Indian journal of veterinary science and animal husbandry - Volumes 26-27, 1956-1957
Year: 1956
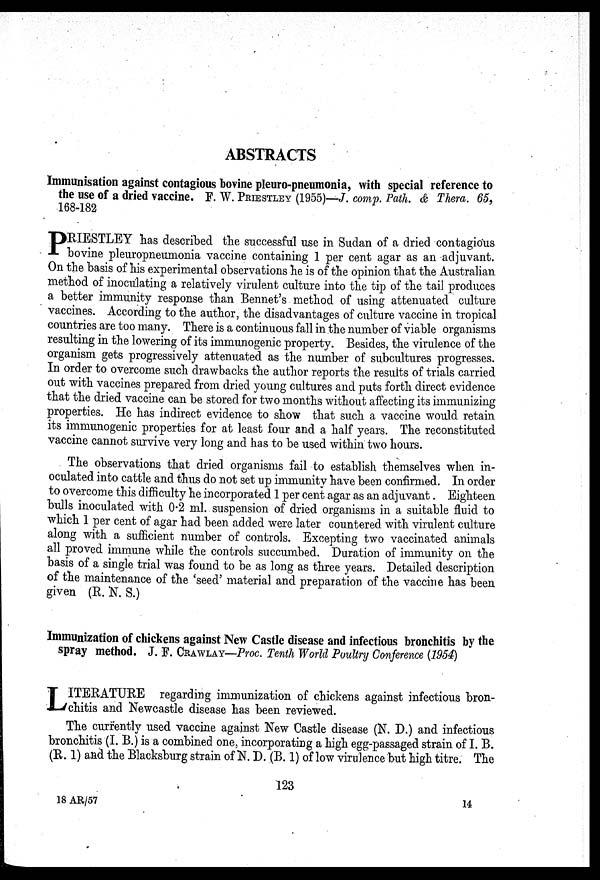
ABSTRACTS
Immunisation against contagious bovine pleuro-pneumonia, with special reference to
the use of a dried vaccine. F. W. PRIESTLEY (1955)—J. comp. Path. & Thera. 65,
168-182
P RIESTLEY has described the successful use in Sudan of a dried contagious
bovine pleuropneumonia vaccine containing 1 per cent agar as an adjuvant.
On the basis of his experimental observations he is of the opinion that the Australian
method of inoculating a relatively virulent culture into the tip of the tail produces
a better immunity response than Bennet's method of using attenuated culture
vaccines. According to the author, the disadvantages of culture vaccine in tropical
countries are too many. There is a continuous fall in the number of viable organisms
resulting in the lowering of its immunogenic property. Besides, the virulence of the
organism gets progressively attenuated as the number of subcultures progresses.
In order to overcome such drawbacks the author reports the results of trials carried
out with vaccines prepared from dried young cultures and puts forth direct evidence
that the dried vaccine can be stored for two months without affecting its immunizing
properties. He has indirect evidence to show that such a vaccine would retain
its immunogenic properties for at least four and a half years. The reconstituted
vaccine cannot survive very long and has to be used within two hours.
The observations that dried organisms fail to establish themselves when in-
oculated into cattle and thus do not set up immunity have been confirmed. In order
to overcome this difficulty he incorporated 1 per cent agar as an adjuvant Eighteen
bulls inoculated with 0.2 ml. suspension of dried organisms in a suitable fluid to
which 1 per cent of agar had been added were later countered with virulent culture
along with a sufficient number of controls. Excepting two vaccinated animals
all proved immune while the controls succumbed. Duration of immunity on the
basis of a single trial was found to be as long as three years. Detailed description
of the maintenance of the 'seed' material and preparation of the vaccine has been
given (R. N. S.)
Immunization of chickens against New Castle disease and infectious bronchitis by the
spray method. J. F. CRAWLAY—Proc. Tenth World Poultry Conference (1954)
L ITERATURE regarding immunization of chickens against infectious bron-
chitis and Newcastle disease has been reviewed.
The currently used vaccine against New Castle disease (N. D.) and infectious
bronchitis (I. B.) is a combined one, incorporating a high egg-passaged strain of I. B.
(R. 1) and the Blacksburg strain of N. D. (B. 1) of low virulence but high titre. The
123
18 AR/57
14